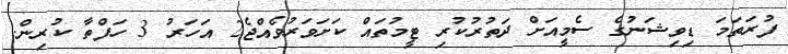
ފުރަތަމަ ޑިވިޝަނުގެ ސެމީއަށް ދަތުރުކުރި ޓީމުތައް ކަށަވަރުވެއްޖެ2 އަހަރު 3 ހަފްތާ ކުރިން.